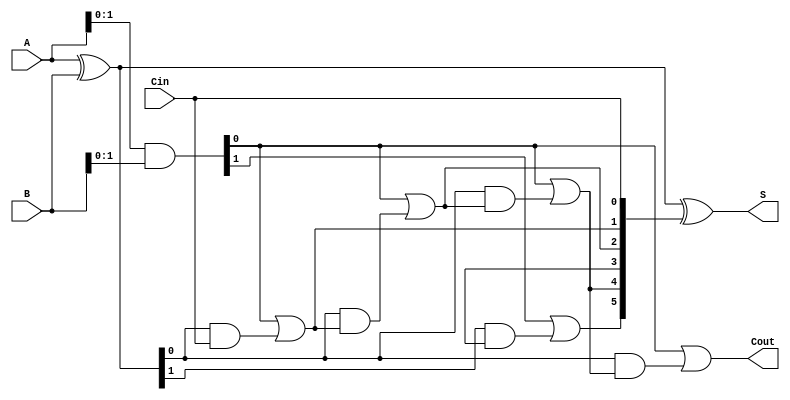
module BrentKungAdder #(parameter N = 8) (
    input [N-1:0] A,      // First n-bit input
    input [N-1:0] B,      // Second n-bit input
    input Cin,            // Carry input
    output [N-1:0] S,     // n-bit sum output
    output Cout           // Carry output
);

    // Intermediate wires for generate and propagate signals
    wire [N-1:0] G;  // Generate signals
    wire [N-1:0] P;  // Propagate signals
    wire [N:0] C;    // Carry bits (C[0] = Cin)

    // Generate and propagate signals
    assign G = A & B;          // Generate
    assign P = A ^ B;          // Propagate
    assign C[0] = Cin;         // Initial carry

    // Carry generation logic (Brent-Kung)
    genvar i, j, k;
    generate
        // Level 1
        assign C[1] = G[0] | (P[0] & C[0]);

        // Higher levels
        for (i = 1; i < N; i = i + 1) begin : carry_gen
            for (j = 0; j < 1 << i; j = j + 1) begin : carry_tree
                if (j < (1 << (i - 1))) begin
                    assign C[j + (1 << i)] = G[j] | (P[j] & C[j + (1 << (i - 1))]);
                end
            end
        end
    endgenerate

    // Sum generation logic
    assign S = P ^ C[N-1:0];  // Sum calculation
    assign Cout = C[N];       // Final carry out

endmodule